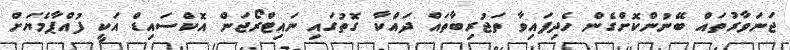
ޖަނަވާރުތައް ބޭނުންކޮށްގެން ހެދިފައިވާ ތަޖުރިބާތައް ދައްކާ ގޮތުގައި ނައިޓްރޯޖަން އޮކްސައިޑް އަކީ ފުއްޕާމެޔަށް